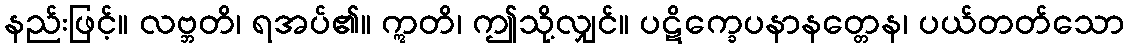
နည်းဖြင့်။ လဗ္ဘတိ၊ ရအပ်၏။ ဣတိ၊ ဤသို့လျှင်။ ပဋိက္ခေပနာနတ္တေန၊ ပယ်တတ်သော